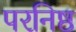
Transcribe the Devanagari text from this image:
परनिष्ठ